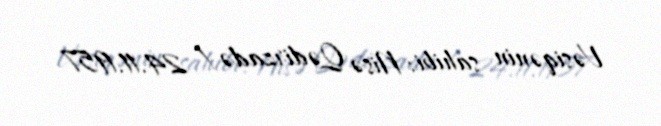
Vəsiqənin sahibi: Nisə Qədirzadə / 24.11.1957